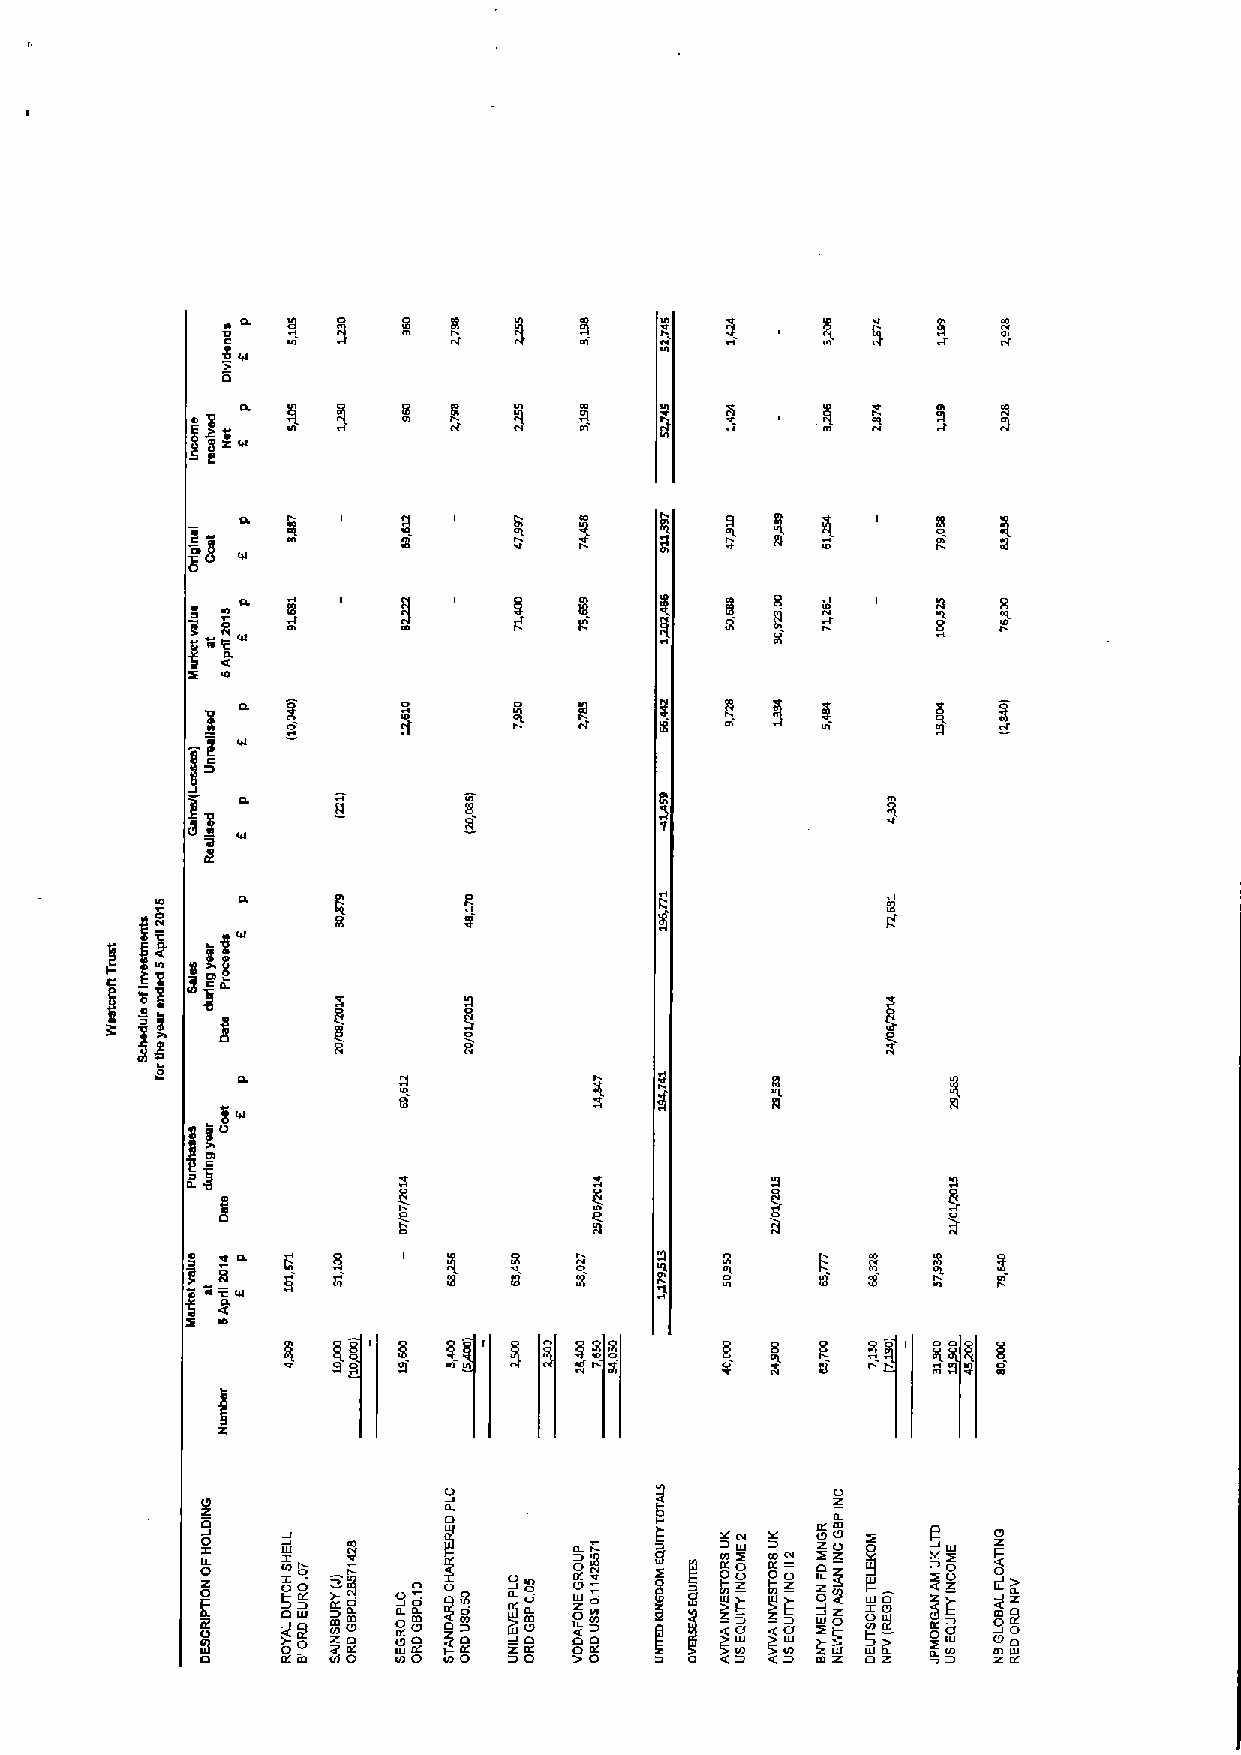
O.
 I
 Ol
 0
 i
 q
 )zg
 e
 O.                              I                 8
 "I   l
 g          8
 O.
 O
 a
 8
 I
 OI
 0
 I
 o a
 0
 9
 0
 00    OI  qO             I 0L      Y
 0
 oOl 0 oY
 o
 Z O ZZO oI zO 0 e Z
 Z            0           0
 5 OIOoa
 0ao 0IL
 0
 0IU
 OI
 00          00
 0I0L' I O~ jI 0L Z0Z0 0 &0     oz   ~w 0 ZzHa